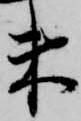
束